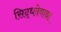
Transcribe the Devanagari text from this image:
सिद्धदेवाद्या